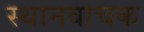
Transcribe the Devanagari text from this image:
स्थानवाचक